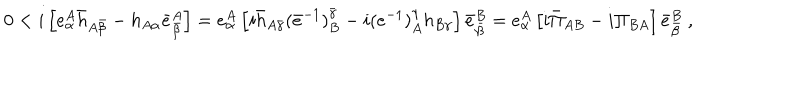
LaTeX: 0 < i \left[ e _ { \alpha } ^ { A } \bar { h } _ { A \bar { \beta } } - h _ { A \alpha } \bar { e } _ { \bar { \beta } } ^ { A } \right] = e _ { \alpha } ^ { A } \left[ i \bar { h } _ { A \bar { \gamma } } ( \bar { e } ^ { - 1 } ) _ { B } ^ { \bar { \gamma } } - i ( e ^ { - 1 } ) _ { A } ^ { \gamma } h _ { B \gamma } \right] \bar { e } _ { \bar { \beta } } ^ { B } = e _ { \alpha } ^ { A } \left[ i \bar { \Pi } _ { A B } - i \Pi _ { B A } \right] \bar { e } _ { \bar { \beta } } ^ { B } \ ,